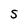
Character: S